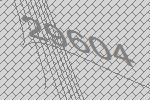
29604